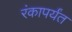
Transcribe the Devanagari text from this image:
रंकापर्यंत